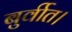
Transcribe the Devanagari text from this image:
बुर्वीत।